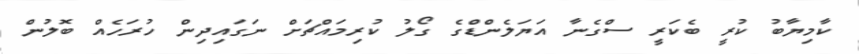
ކާމިޔާބު ކުރީ ބެކަރީ ސްގެނާ އަޔަލެންޑްގެ ގޯލު ކުރިމައްޗަށް ނަގައިދިން ހުރަހެއް ބޮލުން